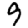
Digit: 9